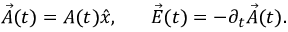
\vec { A } ( t ) = A ( t ) \hat { x } , ~ ~ ~ ~ ~ \vec { E } ( t ) = - \partial _ { t } \vec { A } ( t ) .